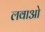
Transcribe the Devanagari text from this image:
लवाओ